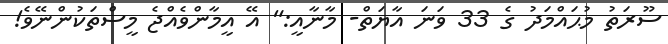
ސޫރަތު މުޙައްމަދު ގެ 33 ވަނަ އާޔަތް- މާނާއީ:" އޭ އީމާންވެއްޖެ މީސްތަކުންނޭވެ!